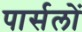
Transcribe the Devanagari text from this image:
पार्सलों